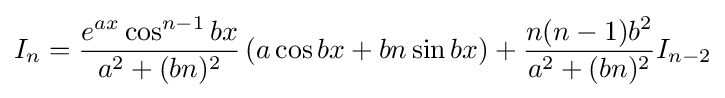
I_{n}={\frac {e^{ax}\cos ^{n-1}{bx}}{a^{2}+(bn)^{2}}}\left(a\cos bx+bn\sin bx\right)+{\frac {n(n-1)b^{2}}{a^{2}+(bn)^{2}}}I_{n-2}\,\!